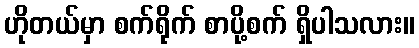
ဟိုတယ်မှာ စက်ရိုက် စာပို့စက် ရှိပါသလား။